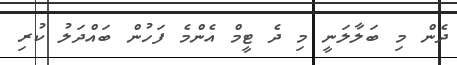
ދެން މި ބަލާލަނީ މި ދެ ޓީމް އެންމެ ފަހުން ބައްދަލު ކުރި